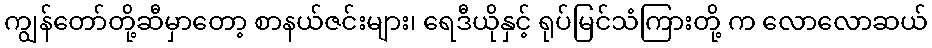
ကျွန်တော်တို့ဆီမှာတော့ စာနယ်ဇင်းများ၊ ရေဒီယိုနှင့် ရုပ်မြင်သံကြားတို့ က လောလောဆယ်